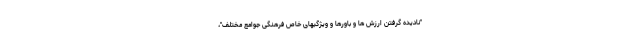
"نادیده گرفتن ارزش ها و باورها و ویژگیهای خاص فرهنگی جوامع مختلف"،